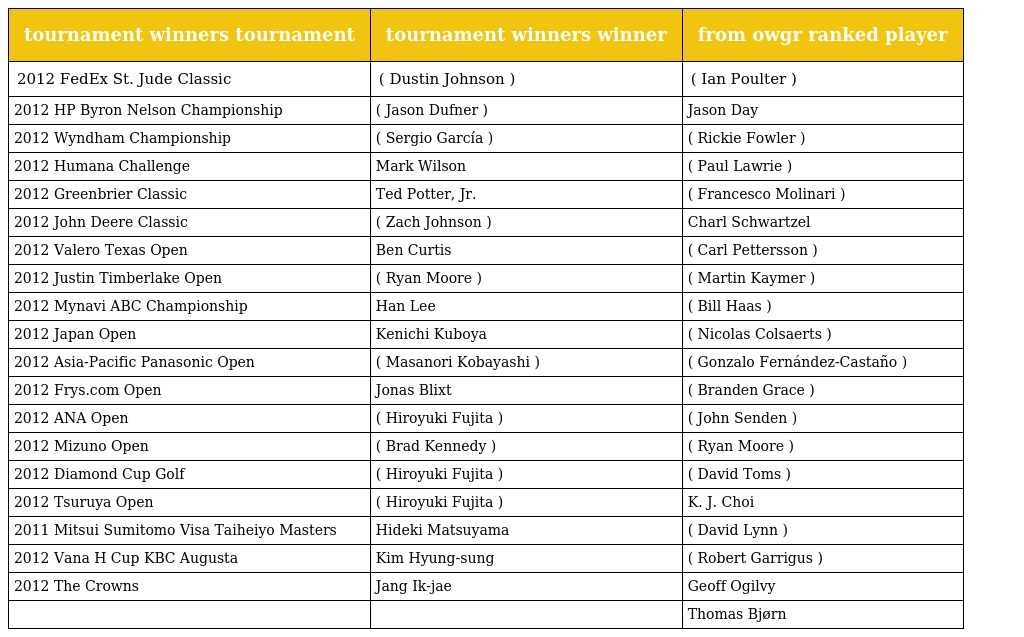
| tournament winners tournament | tournament winners winner | from owgr ranked player |
 | --- | --- | --- |
 | 2012 FedEx St. Jude Classic | ( Dustin Johnson ) | ( Ian Poulter ) |
 | 2012 HP Byron Nelson Championship | ( Jason Dufner ) | Jason Day |
 | 2012 Wyndham Championship | ( Sergio García ) | ( Rickie Fowler ) |
 | 2012 Humana Challenge | Mark Wilson | ( Paul Lawrie ) |
 | 2012 Greenbrier Classic | Ted Potter, Jr. | ( Francesco Molinari ) |
 | 2012 John Deere Classic | ( Zach Johnson ) | Charl Schwartzel |
 | 2012 Valero Texas Open | Ben Curtis | ( Carl Pettersson ) |
 | 2012 Justin Timberlake Open | ( Ryan Moore ) | ( Martin Kaymer ) |
 | 2012 Mynavi ABC Championship | Han Lee | ( Bill Haas ) |
 | 2012 Japan Open | Kenichi Kuboya | ( Nicolas Colsaerts ) |
 | 2012 Asia-Pacific Panasonic Open | ( Masanori Kobayashi ) | ( Gonzalo Fernández-Castaño ) |
 | 2012 Frys.com Open | Jonas Blixt | ( Branden Grace ) |
 | 2012 ANA Open | ( Hiroyuki Fujita ) | ( John Senden ) |
 | 2012 Mizuno Open | ( Brad Kennedy ) | ( Ryan Moore ) |
 | 2012 Diamond Cup Golf | ( Hiroyuki Fujita ) | ( David Toms ) |
 | 2012 Tsuruya Open | ( Hiroyuki Fujita ) | K. J. Choi |
 | 2011 Mitsui Sumitomo Visa Taiheiyo Masters | Hideki Matsuyama | ( David Lynn ) |
 | 2012 Vana H Cup KBC Augusta | Kim Hyung-sung | ( Robert Garrigus ) |
 | 2012 The Crowns | Jang Ik-jae | Geoff Ogilvy |
 |  |  | Thomas Bjørn |